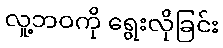
လူ့ဘဝကို ရွေးလိုခြင်း